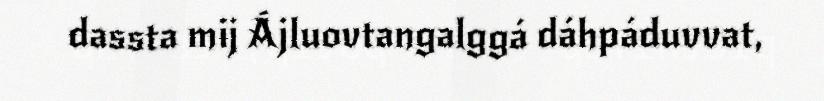
dassta mij Ájluovtangalggá dáhpáduvvat,